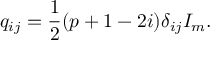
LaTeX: q _ { i j } = \frac { 1 } { 2 } ( p + 1 - 2 i ) \delta _ { i j } I _ { m } .